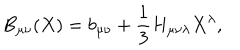
B _ { \mu \nu } ( X ) = b _ { \mu \nu } + \frac { 1 } { 3 } H _ { \mu \nu \lambda } X ^ { \lambda } ,